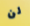
لن